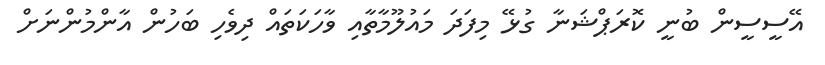
އޭސީސީން ބުނީ ކޮރަޕްޝަނާ ގުޅޭ މިފަދަ މައުލޫމާތާއި ވާހަކަތައް ދިވެހި ބަހުން އާންމުންނަށް